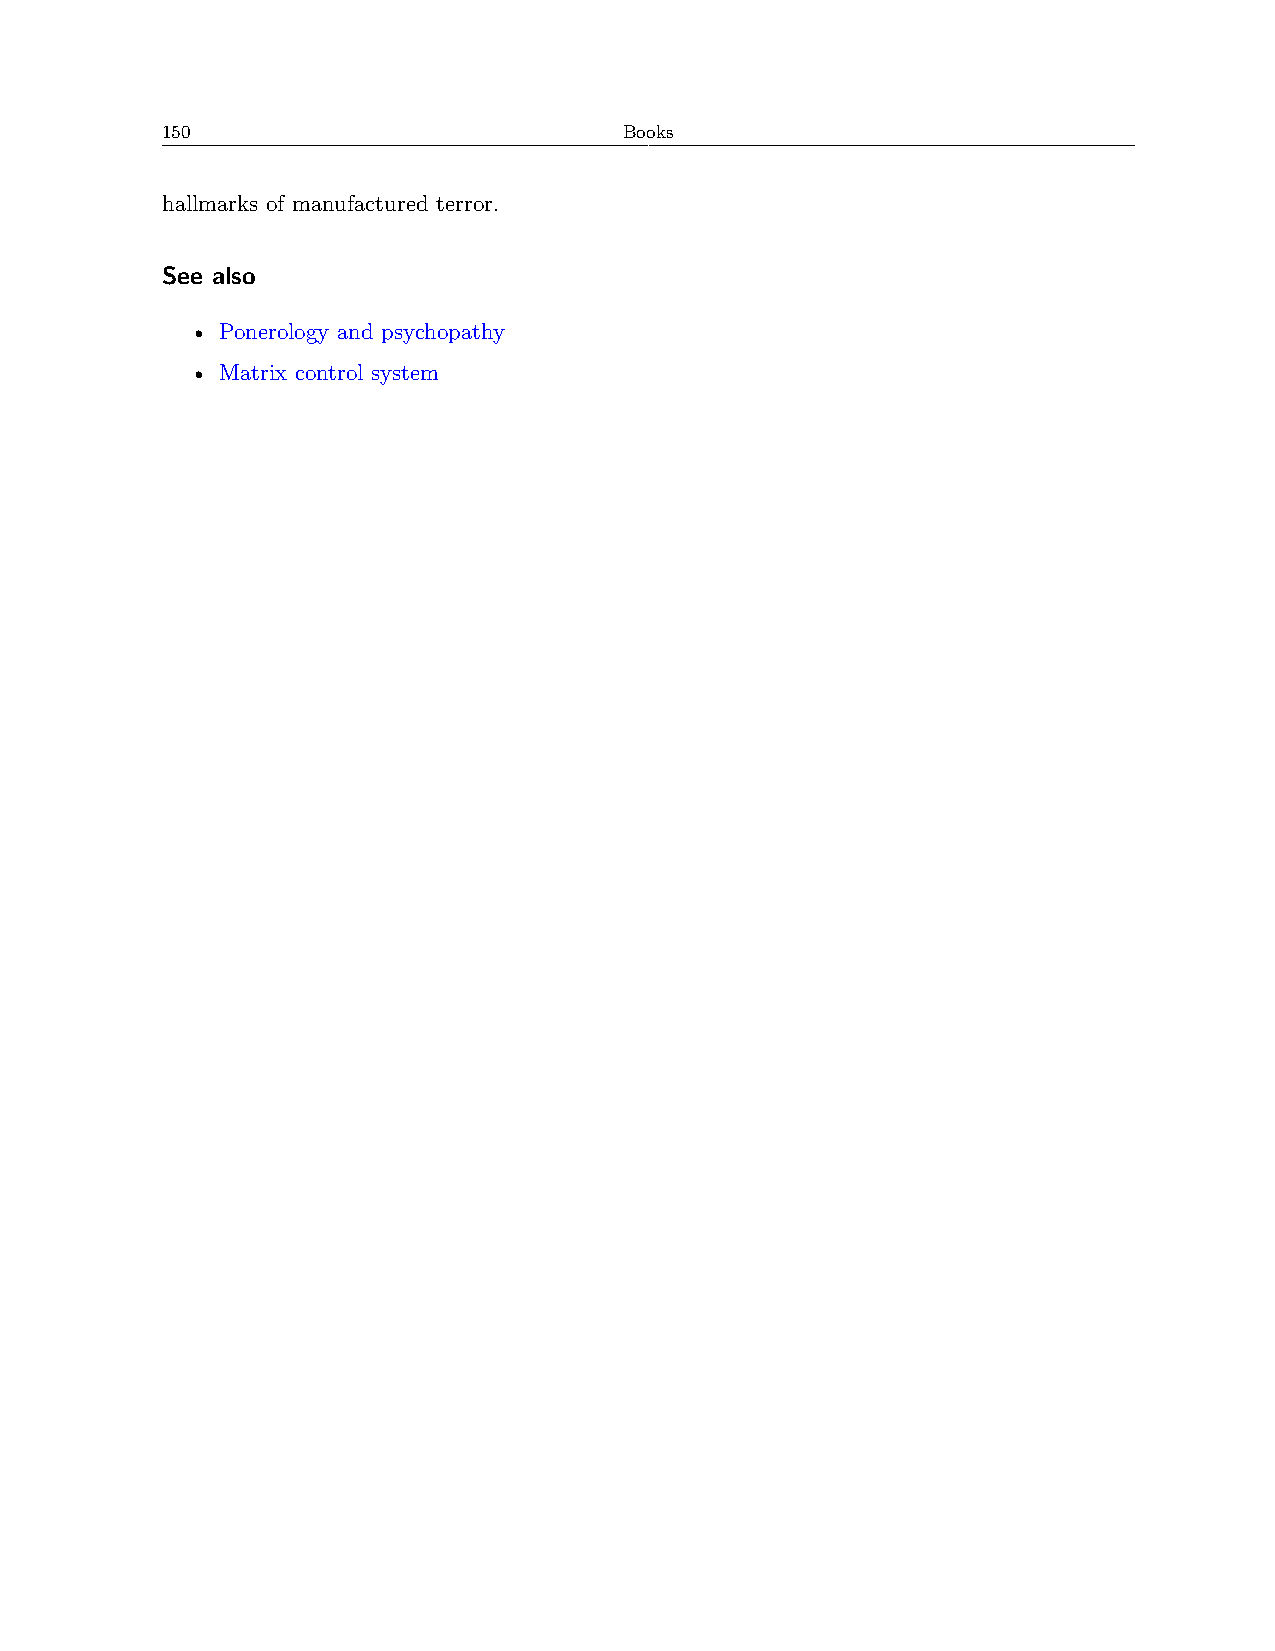
150                           Books
 hallmarks of manufactured terror.
 See also
 • Ponerology and psychopathy
 • Matrix control system